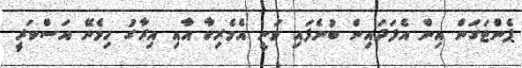
ޕެންޓަގަން އިން އެފަދައިން ބުނެފައި ވަނީ އެމެރިކާ އާއި އިރާގު ހިމެނޭ އަސްކަރީ